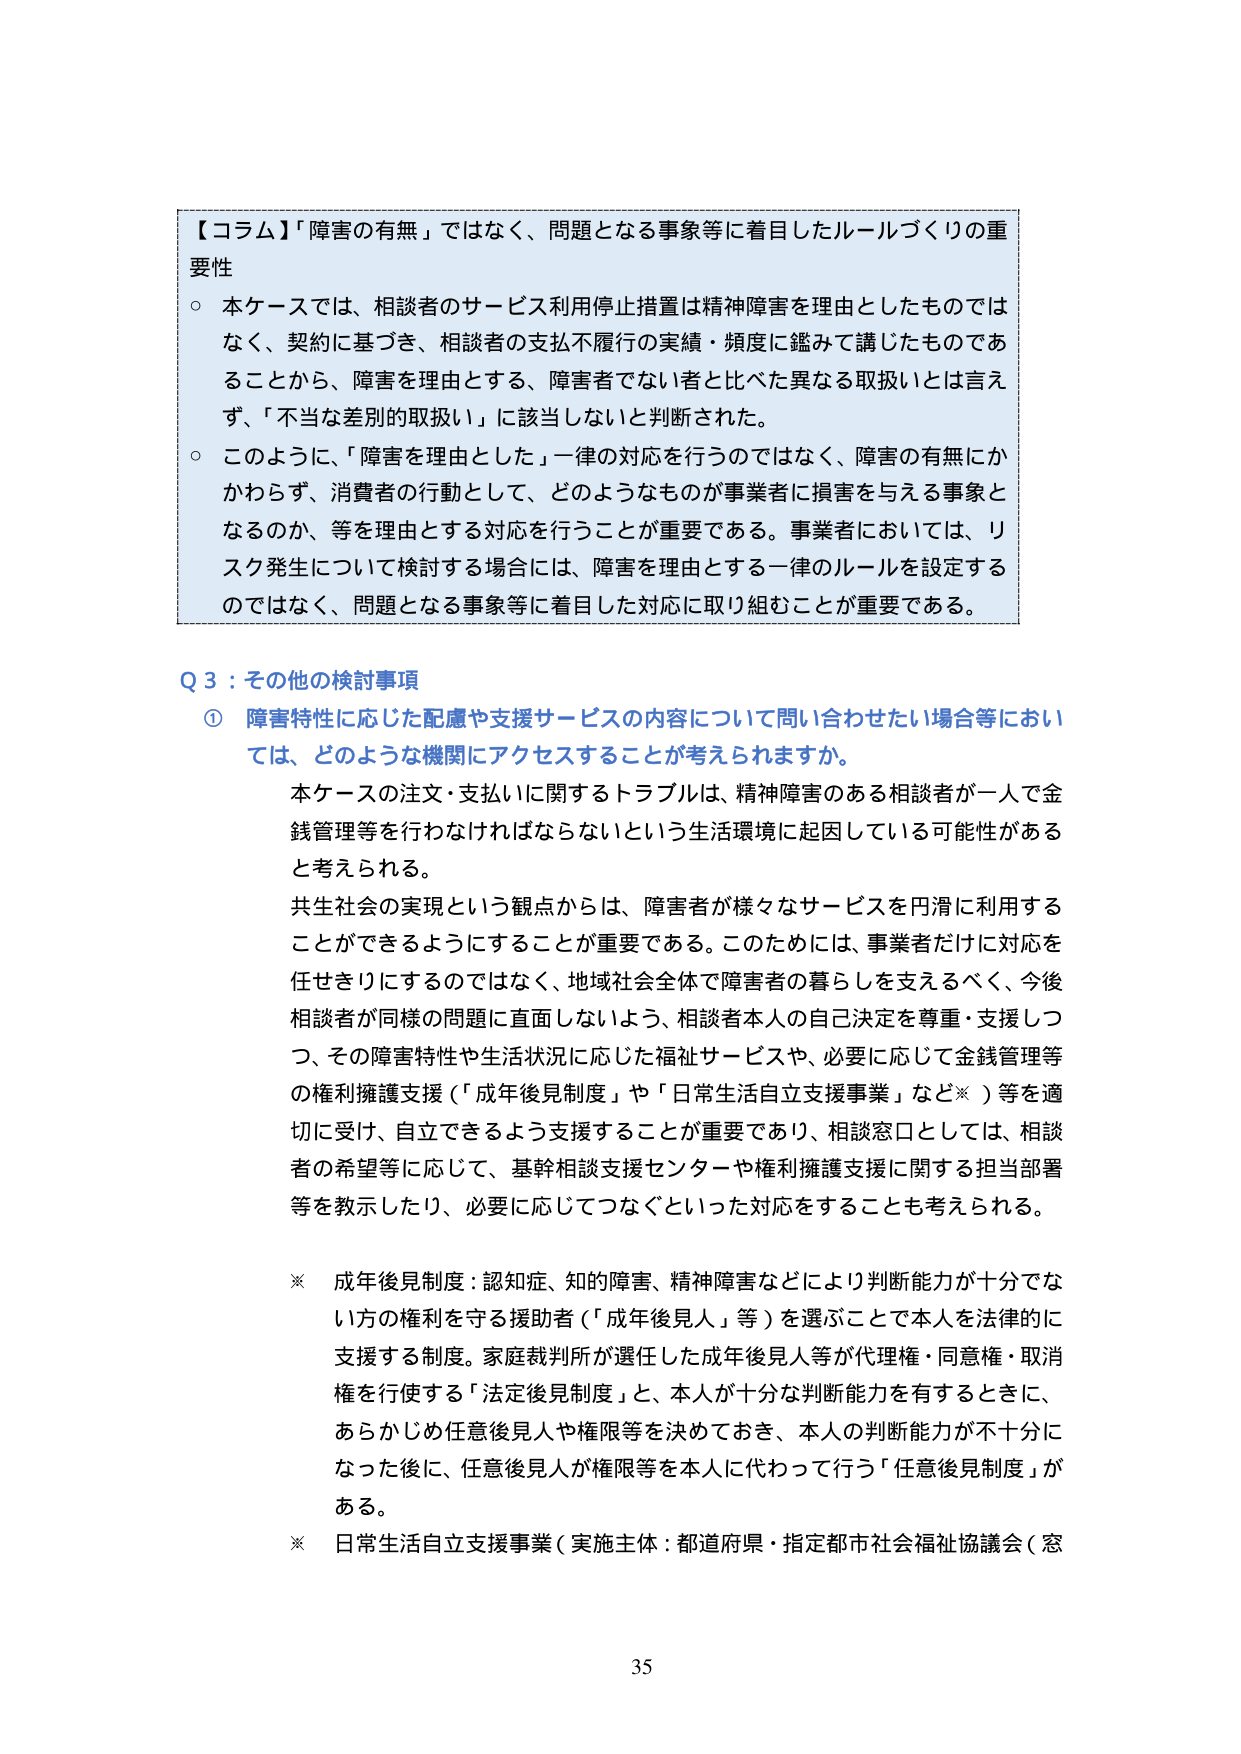
【コラム】「障害の有無」ではなく、問題となる事象等に着目したルールづくりの重要性
○ 本ケースでは、相談者のサービス利用停止措置は精神障害を理由としたものではなく、契約に基づき、相談者の支払不履行の実績・頻度に鑑みて講じたものであることから、障害を理由とする、障害者でない者と比べた異なる取扱いとは言えず、「不当な差別的取扱い」に該当しないと判断された。
○ このように、「障害を理由とした」一律の対応を行うのではなく、障害の有無にかかわらず、消費者の行動として、どのようなものが事業者に損害を与える事象となるのか、等を理由とする対応を行うことが重要である。事業者においては、リスク発生について検討する場合には、障害を理由とする一律のルールを設定するのではなく、問題となる事象等に着目した対応に取り組むことが重要である。

Q 3：その他の検討事項
① 障害特性に応じた配慮や支援サービスの内容について問い合わせたい場合等においては、どのような機関にアクセスすることが考えられますか。
　本ケースの注文・支払いに関するトラブルは、精神障害のある相談者が一人で金銭管理等を行わなければならないという生活環境に起因している可能性があると考えられる。
　共生社会の実現という観点からは、障害者が様々なサービスを円滑に利用することができるようになることが重要である。このためには、事業者だけに対応を任せきりにするのではなく、地域社会全体で障害者の暮らしを支えるべく、今後相談者が同様の問題に直面しないよう、相談者本人の自己決定を尊重・支援しつつ、その障害特性や生活状況に応じた福祉サービスや、必要に応じて金銭管理等の権利擁護支援（「成年後見制度」や「日常生活自立支援事業」など※）等を適切に受け、自立できるよう支援することが重要であり、相談窓口としては、相談者の希望等に応じて、基幹相談支援センターや権利擁護支援に関する担当部署等を教示したり、必要に応じてつなぐといった対応をすることも考えられる。

※ 成年後見制度：認知症、知的障害、精神障害などにより判断能力が十分でない方の権利を守る援助者（「成年後見人」等）を選ぶことで本人を法律的に支援する制度。家庭裁判所が選任した成年後見人等が代理権・同意権・取消権を行使する「法定後見制度」と、本人が十分な判断能力を有するときに、あらかじめ任意後見人や権限等を決めておき、本人の判断能力が不十分になった後に、任意後見人が権限等を本人に代わって行う「任意後見制度」がある。
※ 日常生活自立支援事業（実施主体：都道府県・指定都市社会福祉協議会（窓

35